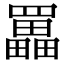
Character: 𦌵